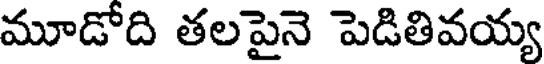
మూడోది తలపైనె పెడితివయ్య